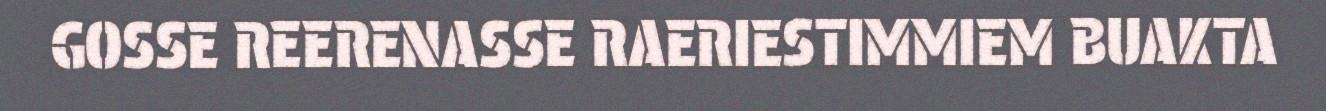
GOSSE REERENASSE RAERIESTIMMIEM BUAKTA